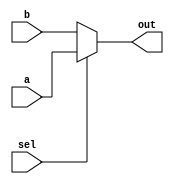
module conditional_assignment(
    input wire sel,          // Selection signal
    input wire [7:0] a,     // First value to be assigned
    input wire [7:0] b,     // Second value to be assigned
    output reg [7:0] out    // Output signal
);

// Always block for conditional assignment
always @(*) begin
    // Use the ternary operator for assignment
    out = (sel) ? a : b;    // Assign 'a' if sel is true, otherwise assign 'b'
end

endmodule